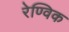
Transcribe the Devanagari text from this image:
रेण्विक